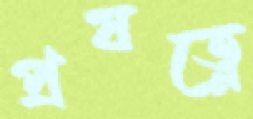
প্রযত্নে